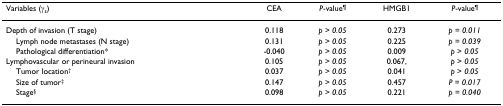
<table><thead><tr><td><b>Variables (γ<sub>s</sub>)</b></td><td><b>CEA</b></td><td><b><i>P</i>-value<sup>¶</sup></b></td><td><b>HMGB1</b></td><td><b><i>P</i>-value<sup>¶</sup></b></td></tr></thead><tbody><tr><td>Depth of invasion (T stage)</td><td>0.118</td><td><i>p </i>&gt; <i>0.05</i></td><td>0.273</td><td><i>p </i>= <i>0.011</i></td></tr><tr><td> Lymph node metastases (N stage)</td><td>0.131</td><td><i>p </i>&gt; <i>0.05</i></td><td>0.225</td><td><i>p </i>= <i>0.039</i></td></tr><tr><td> Pathological differentiation*</td><td>-0.040</td><td><i>p </i>&gt; <i>0.05</i></td><td>0.009</td><td><i>p </i>&gt; <i>0.05</i></td></tr><tr><td>Lymphovascular or perineural invasion</td><td>0.105</td><td><i>p </i>&gt; <i>0.05</i></td><td>0.067,</td><td><i>p </i>&gt; <i>0.05</i></td></tr><tr><td> Tumor location<sup>†</sup></td><td>0.037</td><td><i>p </i>&gt; <i>0.05</i></td><td>0.041</td><td><i>p </i>&gt; <i>0.05</i></td></tr><tr><td> Size of tumor<sup>‡</sup></td><td>0.147</td><td><i>p </i>&gt; <i>0.05</i></td><td>0.457</td><td><i>P </i>= <i>0.017</i></td></tr><tr><td> Stage<sup>§</sup></td><td>0.098</td><td><i>p </i>&gt; <i>0.05</i></td><td>0.221</td><td><i>p </i>= <i>0.040</i></td></tr></tbody></table>